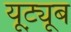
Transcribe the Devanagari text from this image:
यूट़्यूब